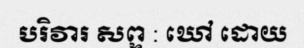
បរិវារ សព្ទ : ឃៅ ដោយ